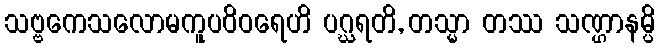
သဗ္ဗကေသလောမကူပဝိဝရေဟိ ပဂ္ဃရတိ, တသ္မာ တဿ သဏ္ဌာနမ္ပိ